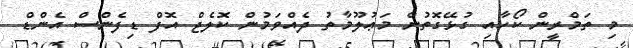
މި ތަމްރީން ކޯހާއި ގުޅޭގޮތުން މަޢުލޫމާތު ދެއްވަމުން ކޮލެޖް އޮފް ޑިފެންސް އެންޑް